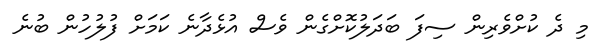
މި ދެ ކުށްވެރިން ސިފަ ބަދަލުކޮށްގެން ވެސް އުޅެދާނެ ކަމަށް ފުލުހުން ބުނެ